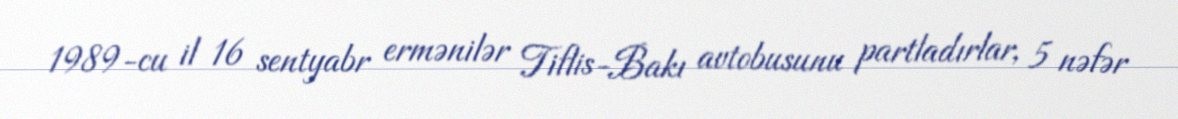
1989-cu il 16 sentyabr ermənilər Tiflis-Bakı avtobusunu partladırlar, 5 nəfər